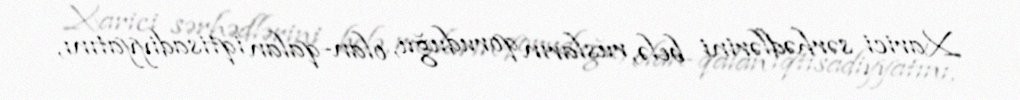
Xarici sərhədlərini belə, rusların qoruduğu, olan-qalan iqtisadiyyatını,